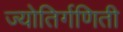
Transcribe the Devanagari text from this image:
ज्योतिर्गणिती